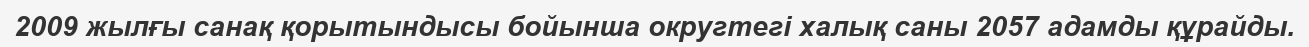
2009 жылғы санақ қорытындысы бойынша округтегі халық саны 2057 адамды құрайды.